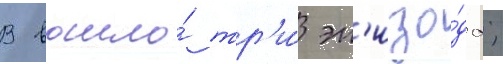
В вошло́ тр'и́ эп'изо́да;